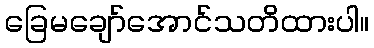
ခြေမချော်အောင်သတိထားပါ။